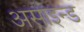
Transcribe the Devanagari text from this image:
असाइन्ड